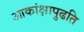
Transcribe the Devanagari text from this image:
आकांक्षापुढति